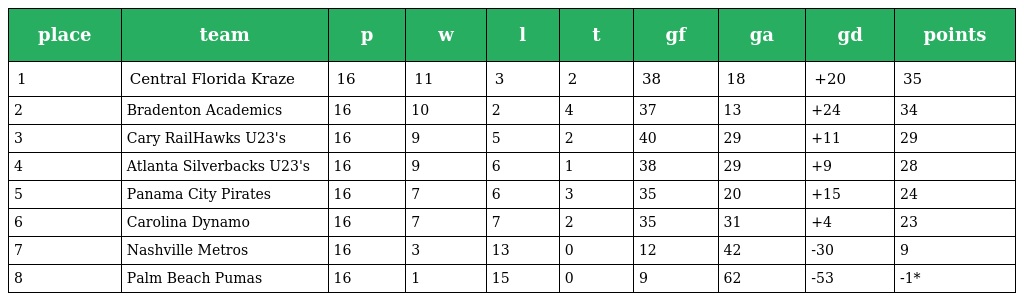
| place | team | p | w | l | t | gf | ga | gd | points |
 | --- | --- | --- | --- | --- | --- | --- | --- | --- | --- |
 | 1 | Central Florida Kraze | 16 | 11 | 3 | 2 | 38 | 18 | +20 | 35 |
 | 2 | Bradenton Academics | 16 | 10 | 2 | 4 | 37 | 13 | +24 | 34 |
 | 3 | Cary RailHawks U23's | 16 | 9 | 5 | 2 | 40 | 29 | +11 | 29 |
 | 4 | Atlanta Silverbacks U23's | 16 | 9 | 6 | 1 | 38 | 29 | +9 | 28 |
 | 5 | Panama City Pirates | 16 | 7 | 6 | 3 | 35 | 20 | +15 | 24 |
 | 6 | Carolina Dynamo | 16 | 7 | 7 | 2 | 35 | 31 | +4 | 23 |
 | 7 | Nashville Metros | 16 | 3 | 13 | 0 | 12 | 42 | -30 | 9 |
 | 8 | Palm Beach Pumas | 16 | 1 | 15 | 0 | 9 | 62 | -53 | -1* |